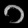
Digit: ၁